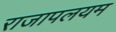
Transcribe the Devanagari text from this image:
राजापलयम